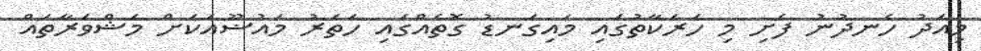
މިއަދު ހެނދުނު ފެށި މި ހަރަކާތުގައި މައިގަނޑު ގޮތެއްގައި ހަތަރު މައުޟޫއަކަށް މަޝްވަރާތައް